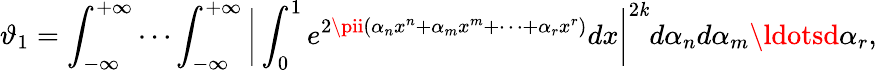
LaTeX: \vartheta_{1}=\int_{-\infty}^{+\infty}\cdots\int_{-\infty}^{+\infty}{\biggl|}\int_{0}^{1}e^{2\pii(\alpha_{n}x^{n}+\alpha_{m}x^{m}+\cdots+\alpha_{r}x^{r})}dx{\biggr|}^{2\mathit{k}}d\alpha_{n}d\alpha_{m}\ldotsd\alpha_{r},